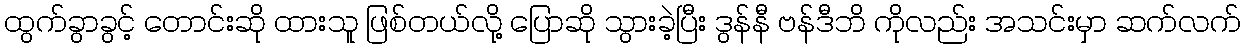
ထွက်ခွာခွင့် တောင်းဆို ထားသူ ဖြစ်တယ်လို့ ပြောဆို သွားခဲ့ပြီး ဒွန်နီ ဗန်ဒီဘိ ကိုလည်း အသင်းမှာ ဆက်လက်